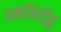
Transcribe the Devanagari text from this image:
अष्टसिद्धि